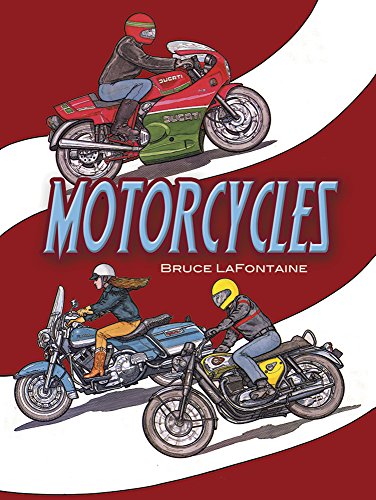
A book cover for Motorcycles Coloring Book (Dover History Coloring Book); Bruce LaFontaine; Children's Books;